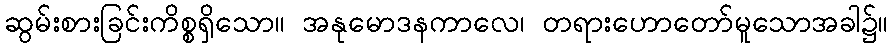
ဆွမ်းစားခြင်းကိစ္စရှိသော။ အနုမောဒနကာလေ၊ တရားဟောတော်မူသောအခါ၌။